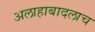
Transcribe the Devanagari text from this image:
अलाहाबादलाच